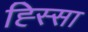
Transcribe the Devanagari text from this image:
ह्स्सिा